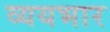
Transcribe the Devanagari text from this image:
व्ययभार